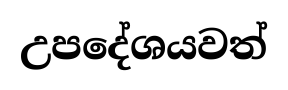
උපදේශයවත්